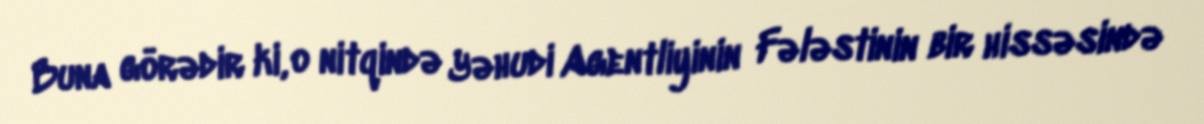
Buna görədir ki, o nitqində Yəhudi Agentliyinin Fələstinin bir hissəsində